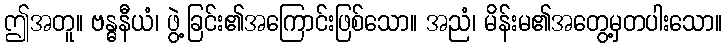
ဤအတူ။ ဗန္ဓနီယံ၊ ဖွဲ့ခြင်း၏အကြောင်းဖြစ်သော။ အညံ၊ မိန်းမ၏အတွေ့မှတပါးသော။